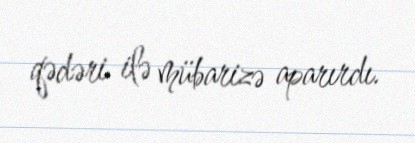
qədəri ilə mübarizə aparırdı.